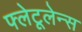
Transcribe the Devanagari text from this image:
फ्लेटूलेन्स